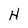
Character: H